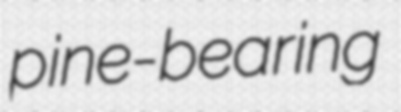
pine-bearing